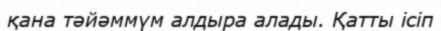
қана тәйәммүм алдыра алады. Қатты ісіп